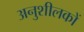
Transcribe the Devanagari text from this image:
अनुशीलकों